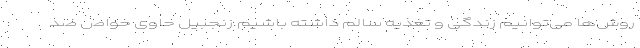
روش‌ها می‌توانیم زندگی و تغذیه سالم داشته باشیم.زنجبیل حاوی خواص ضد